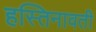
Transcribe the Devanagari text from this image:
हस्तिनावती